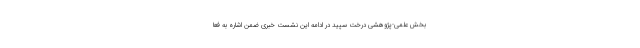
بخش علمی-پژوهشی درخت سپید در ادامه این نشست خبری ضمن اشاره به فعا